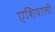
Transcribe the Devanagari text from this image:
एशियाली